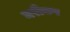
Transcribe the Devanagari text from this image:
मरीकर